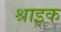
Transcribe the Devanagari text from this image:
श्राइक